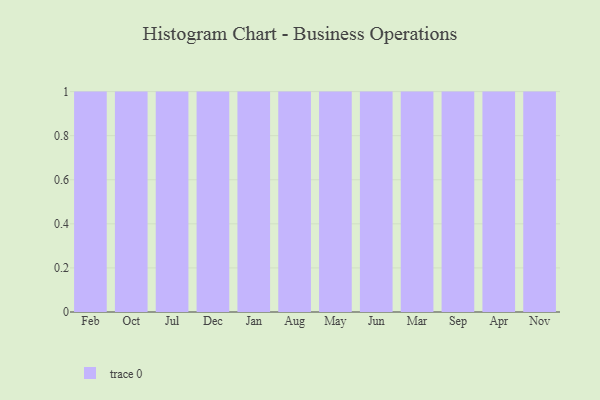
{"axis": {"x": "Month", "y": "Tickets Resolved"}, "legend": [""], "data": [{"x": "Feb", "y": 72, "type": ""}, {"x": "Oct", "y": 60, "type": ""}, {"x": "Jul", "y": 89, "type": ""}, {"x": "Dec", "y": 83, "type": ""}, {"x": "Jan", "y": 75, "type": ""}, {"x": "Aug", "y": 74, "type": ""}, {"x": "May", "y": 69, "type": ""}, {"x": "Jun", "y": 16, "type": ""}, {"x": "Mar", "y": 3, "type": ""}, {"x": "Sep", "y": 42, "type": ""}, {"x": "Apr", "y": 35, "type": ""}, {"x": "Nov", "y": 12, "type": ""}]}